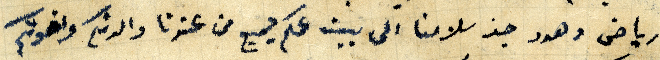
رياض وهدى حيز سلامنا الى بيت عمكم جميع من عندنا والدتكم واخوتكم